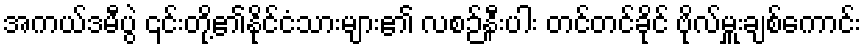
အကယ်ဒမီပွဲ ၎င်းတို့၏နိုင်ငံသားများ၏ လစဉ်နီးပါး တင်တင်ခိုင် ဗိုလ်မှူးချစ်ကောင်း